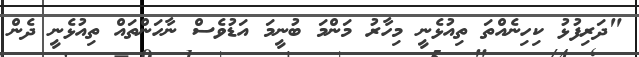
"ދަރިފުޅު ކިހިނެއްތަ ތިއުޅެނީ މިހާރު މަންމަ ބުނީމަ އަޑުވެސް ނާހަންތައް ތިއުޅެނީ ދެން